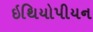
ઇથિયોપીયન